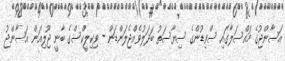
އަސާންޖުގެ މައްސަލާގައި ސްވިޑުންގެ ސިޔާސަތު ބަދަލުވެއްޖެލަންޑަން - ވިކިލީކްސްގެ ބާނީ ޖޫލިއަން އަސާންޖު